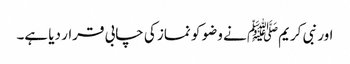
اور نبی کریمﷺ نے وضو کو نماز کی چابی قرار دیا ہے۔